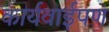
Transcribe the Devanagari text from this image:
कार्यवाईपण